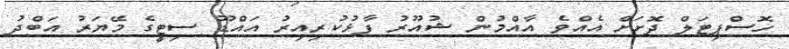
ހޮސްޕިޓަލް ދޮށަށް އެއްވެ އާއްމުން ޝުއޫރު ފާޅުކުރިއިރު އައްޑޫ ސިޓީގެ މޭޔަރު އަބްދު